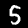
Digit: 5